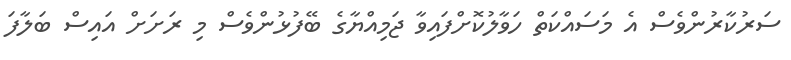
ސަރުކާރުންވެސް އެ މަސައްކަތް ހަވާލުކޮށްފައިވާ ޖަމިއްޔާގެ ބޭފުޅުންވެސް މި ރަށަށް އައިސް ބަލާފަ